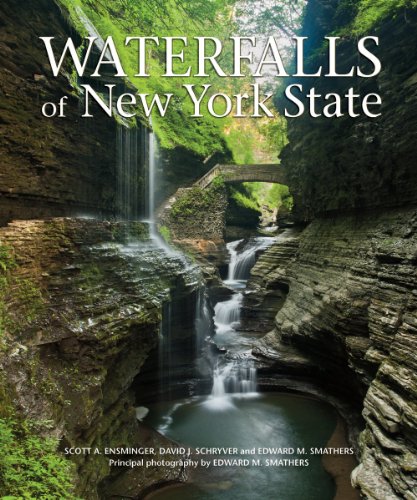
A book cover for Waterfalls of New York State; Scott Ensminger; Travel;